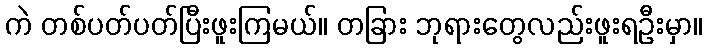
ကဲ တစ်ပတ်ပတ်ပြီးဖူးကြမယ်။ တခြား ဘုရားတွေလည်းဖူးရဦးမှာ။